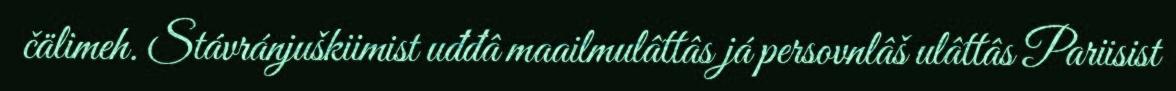
čälimeh. Stávránjuškiimist uđđâ maailmulâttâs já persovnlâš ulâttâs Pariisist